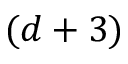
( d + 3 )